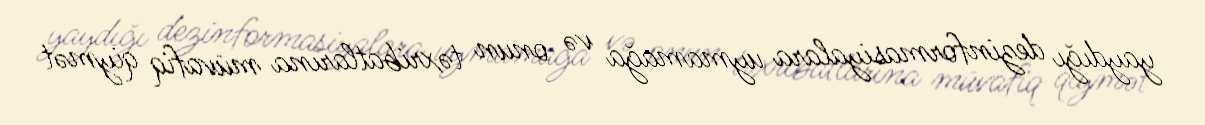
yaydığı dezinformasiyalara uymamağa və onun təxribatlarına müvafiq qiymət